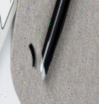
١